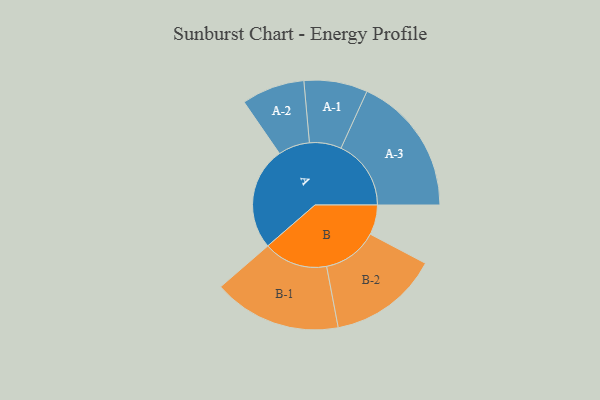
{"axis": {"x": "Segment", "y": "Value"}, "legend": ["", "A", "B"], "data": [{"x": "A", "y": 412, "type": ""}, {"x": "B", "y": 119, "type": ""}, {"x": "A-1", "y": 127, "type": "A"}, {"x": "A-2", "y": 126, "type": "A"}, {"x": "A-3", "y": 280, "type": "A"}, {"x": "B-1", "y": 256, "type": "B"}, {"x": "B-2", "y": 220, "type": "B"}]}